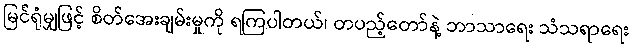
မြင်ရုံမျှဖြင့် စိတ်အေးချမ်းမှုကို ရကြပါတယ်၊ တပည့်တော်နဲ့ ဘာသာရေး သံသရာရေး